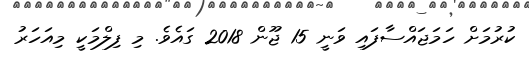
ކުރުމަށް ހަމަޖައްސާފައި ވަނީ 15 ޖޫން 2018 ގައެވެ. މި ފިލްމަކީ މިއަހަރު